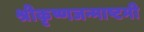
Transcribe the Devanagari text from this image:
श्रीकृष्णजन्माष्टमी